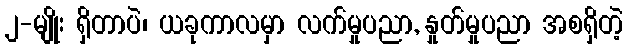
၂-မျိုး ရှိတာပဲ၊ ယခုကာလမှာ လက်မှုပညာ, နှုတ်မှုပညာ အစရှိတဲ့